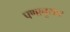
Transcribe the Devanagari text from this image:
पणानुसार